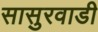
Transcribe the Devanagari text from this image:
सासुरवाडी